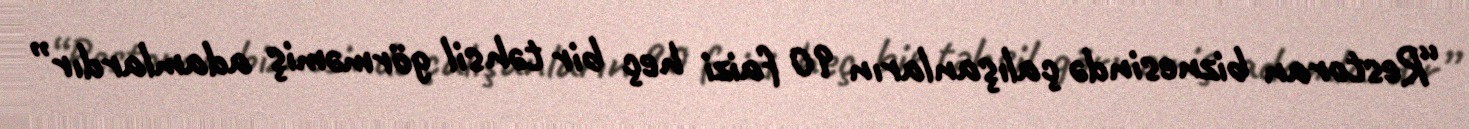
“Restoran biznesində çalışanların 90 faizi heç bir təhsil görməmiş adamlardır”